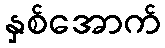
နှစ်အောက်